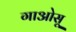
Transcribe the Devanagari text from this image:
गाओसू